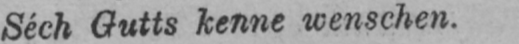
Séch Gutts kenne wenschen.